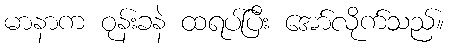
မာနာက ဝုန်းခနဲ ထရပ်ပြီး အော်လိုက်သည်။